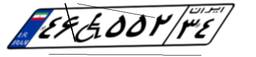
۴۶W۵۵۲۳۴